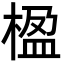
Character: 楹